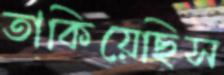
তাকিয়েছিস